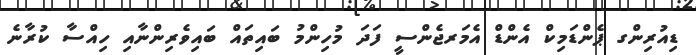
ޑިއުރިންގ ޕެންޑަމިކް އެންޑް އެމަރޖެންސީ ފަދަ މުހިންމު ބައިތައް ބައިވެރިންނާއި ހިއްސާ ކުރާނެ